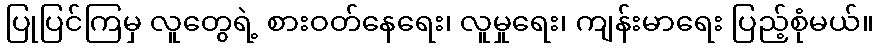
ပြုပြင်ကြမှ လူတွေရဲ့ စားဝတ်နေရေး၊ လူမှုရေး၊ ကျန်းမာရေး ပြည့်စုံမယ်။